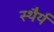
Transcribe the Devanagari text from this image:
स्‍थैर्य